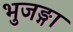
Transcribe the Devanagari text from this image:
भुजङ्गा